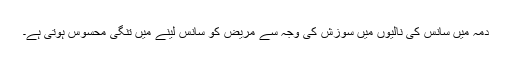
دمہ میں سانس کی نالیوں میں سوزش کی وجہ سے مریض کو سانس لینے میں تنگی محسوس ہوتی ہے۔